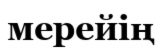
мерейің